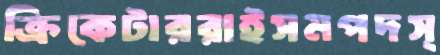
ক্রিকেটাররাইসমপদস্